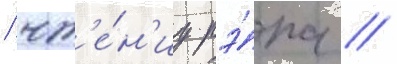
/ чт'е́н'иу рэ́па //